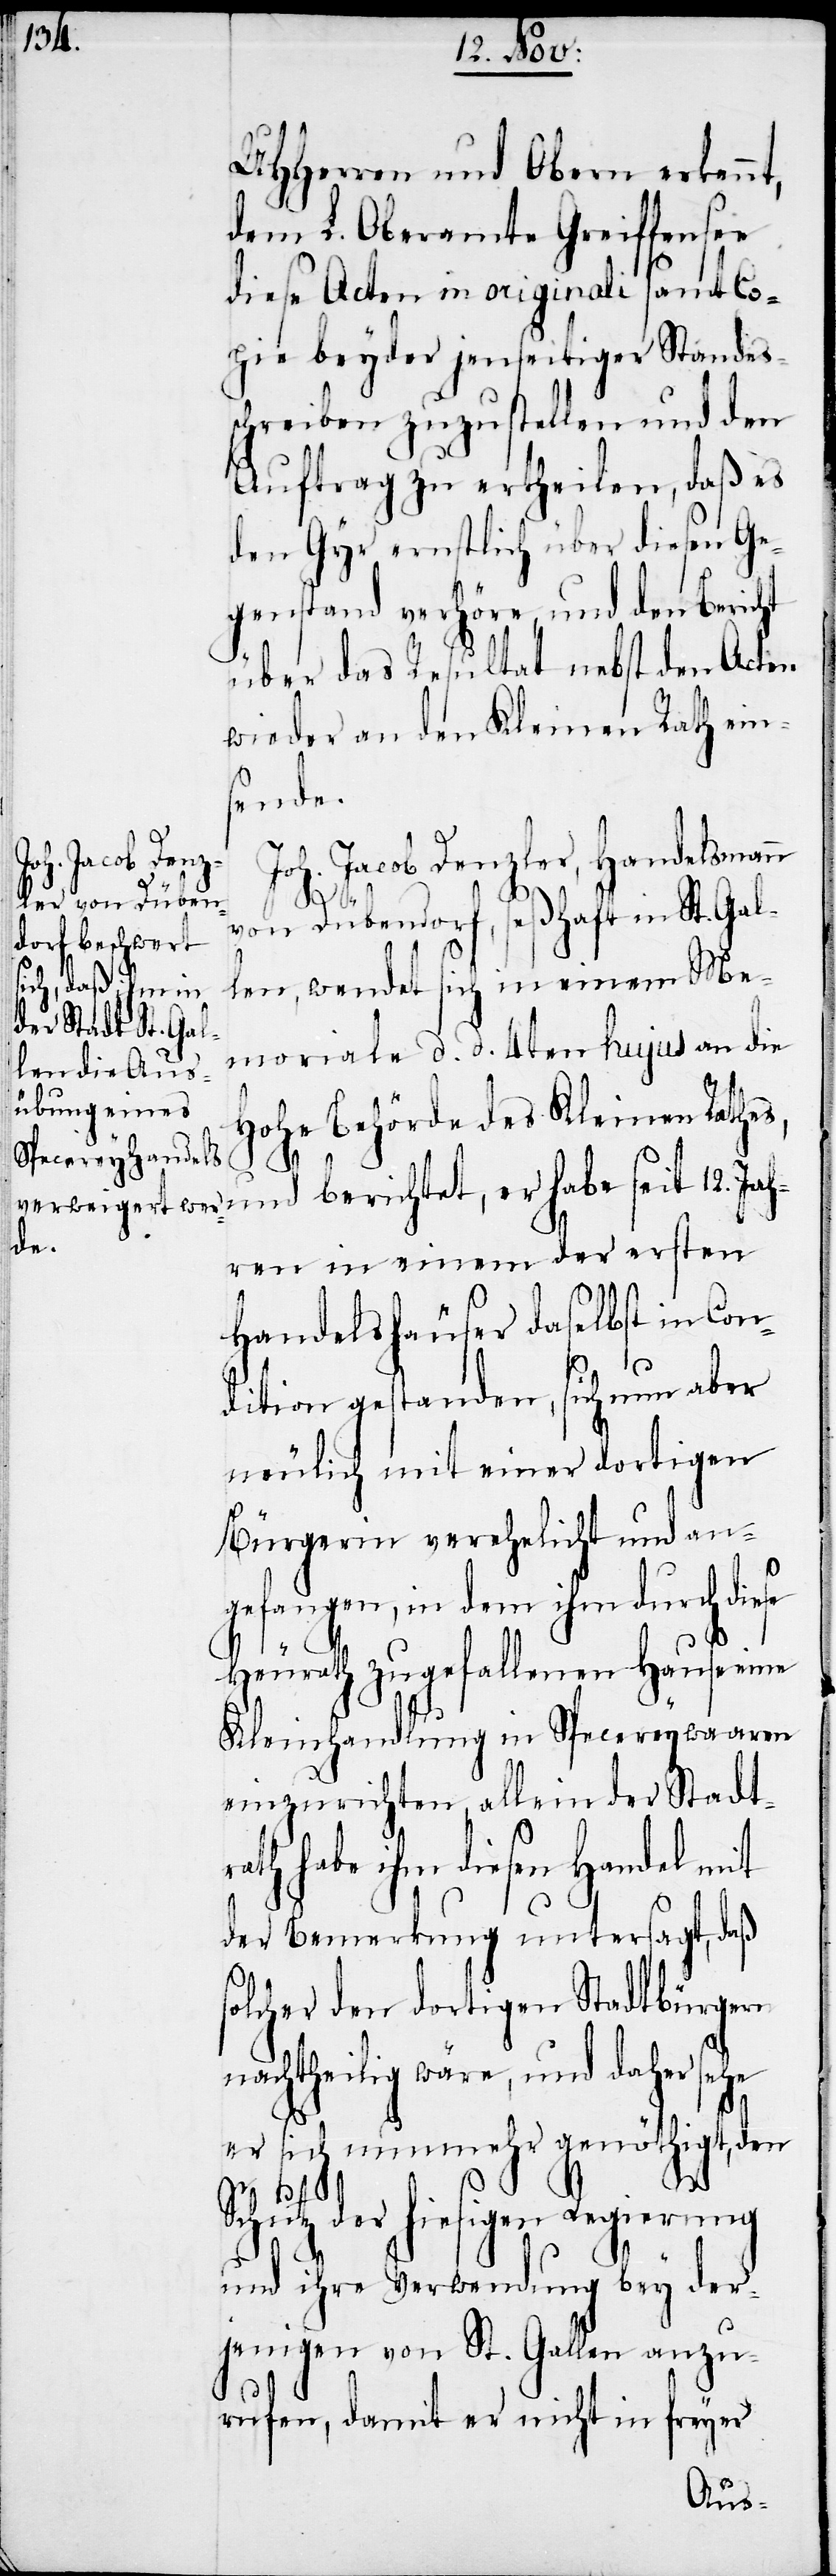
12. Jah¬
UHHerren und Obern erkennt,
dem L. Oberamte Greiffensee
diese Acten in originali samt Co¬
pie beyder jenseitiger Standes¬
schreiben zuzustellen und den
Auftrag zu ertheilen, daß es
den Gyr ernstlich über diesen Ge¬
genstand verhöre, und der Bericht
über das Resultat nebst den Acten
wieder an den Kleinen Rath ein¬
sende.
er habe seit
Joh. Jacob Denzler, Handelsmann
von Dübendorf, seßhaft in St. Gal¬
len, wendet sich in einem Me¬
moriale d. d. 4ten hujus an die
Hohe Behörde des Kleinen Rathes,
ren in einem der ersten
Handelshäuser daselbst in Con¬
dition gestanden, sich nun aber
neulich mit einer dortigen
Bürgerin verehelicht und an¬
gefangen, in dem ihm durch diese
Heurath zugefallenen Hause eine
Kleinhandlung in Specereywaaren
einzurichten, allein der Stadtr¬
ath habe ihm diesen Handel mit
der Bemerkung untersagt, daß
solcher den dortigen Stadtbürgern
nachtheilig wäre, und daher sehe
er sich nunmehr genöthigt, den
Schutz der hiesigen Regierung
und ihre Verwendung bey der¬
jenigen von St. Gallen anzu¬
rufen, damit er nicht in freyer